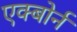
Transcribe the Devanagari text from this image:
एक्बोर्न